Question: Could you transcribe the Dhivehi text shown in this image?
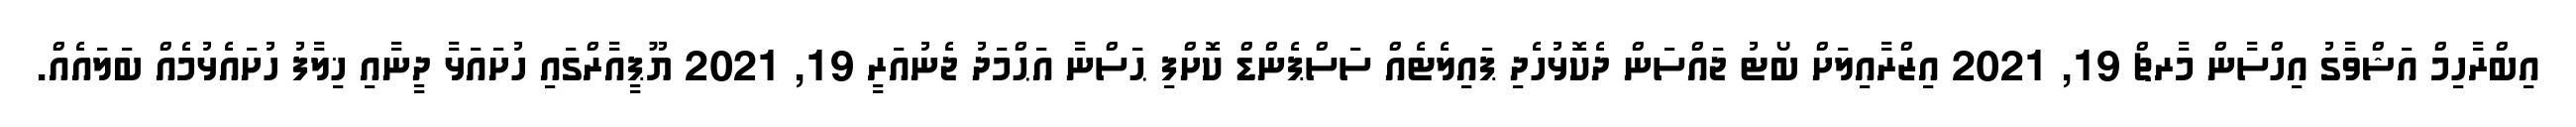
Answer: އިބްރާހިމް އަޝްވާގު އިހްސާން މާރޗް 19, 2021 އިޒްރާއިލަށް ބޯޓު ޖައްސަން ދެކޮޅުހެދި ޕައިލެޓެއް ސަސްޕެންޑް ކޮށްފި ޙަސްނާ އަޙްމަދު ޖެނުއަރީ 19, 2021 ޔޫޕީއާރްގައި ހުށައަޅާ ދީނާއި ޚިލާފު ހުށައެޅުމެއް ބަލައެއް.